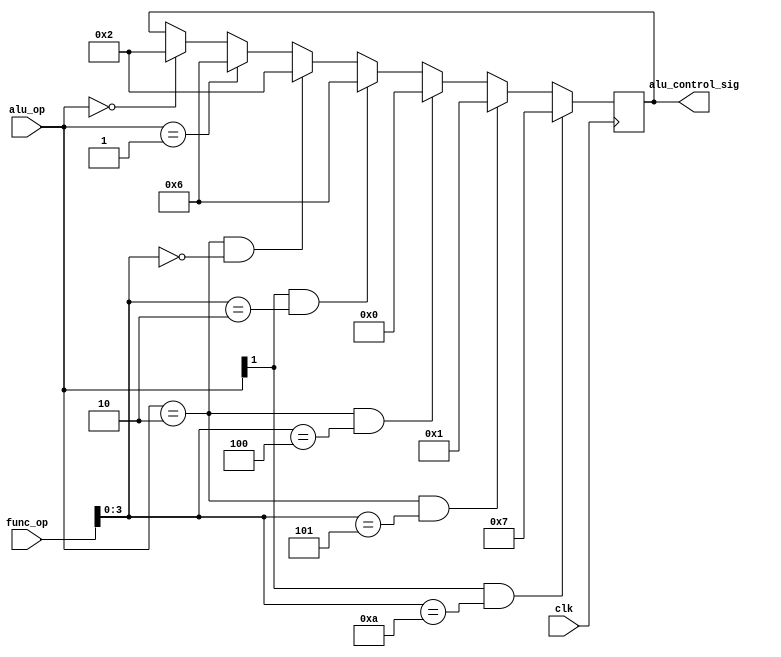
module alu_control(
    input clk,
    input [1:0] alu_op,
    input [5:0] func_op,
    output reg [3:0] alu_control_sig
    );

// 4 bit ALU control signal taken from textbook Figure  4.13
always@(posedge clk)
begin

// Addi, Load/Store word
if (alu_op == 2'b00)
    alu_control_sig = 4'b0010;

// Branch Equal
if (alu_op == 2'b01)
    alu_control_sig = 4'b0110;

// R-type add
if (alu_op == 2'b10 && func_op[3:0] == 4'b0000)
    alu_control_sig = 4'b0010;

// R-type sub
if (alu_op[1] == 1 && func_op[3:0] == 4'b0010)
    alu_control_sig = 4'b0110;

// R-type and
if (alu_op == 2'b10 && func_op[3:0] == 4'b0100)
    alu_control_sig = 4'b0000;

// R-type or
if (alu_op == 2'b10 && func_op[3:0] == 4'b0101)
    alu_control_sig = 4'b0001;

// R-type slt
if (alu_op[1] == 1 && func_op[3:0] == 4'b1010)
    alu_control_sig = 4'b0111;


end    
endmodule